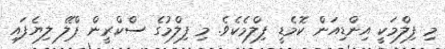
މި ފިލްމަކީ އިންޑިއަން ކޮމެޑީ ފިލްމެކެވެ. މި ފިލްމުގެ ސްކްރީން ޕްލޭ ލިޔެފައި